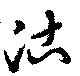
沽